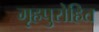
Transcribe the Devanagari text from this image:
गृहपुरोहित